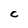
Character: C